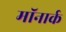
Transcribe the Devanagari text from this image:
मॉनार्क